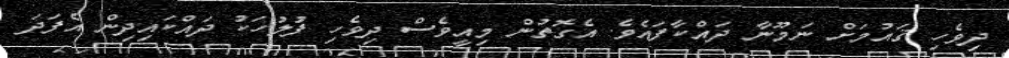
ދިވެހި ޤައުމަށް ނަމޫނާ ދައްކާފައެވެ. އެގޮތުން މިއީވެސް ދިވެހި ފުލުހަކު ދައްކައިދިން އެފަދަ